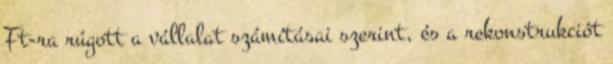
Ft-ra rúgott a vállalat számításai szerint, és a rekonstrukciót